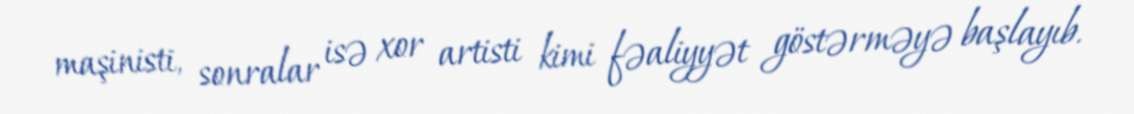
maşinisti, sonralar isə xor artisti kimi fəaliyyət göstərməyə başlayıb.